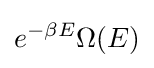
e^{-\beta E}\Omega (E)